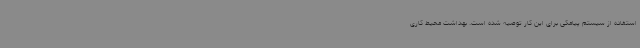
استفاده از سیستم پیامکی برای این کار توصیه شده است. بهداشت محیط کاری